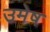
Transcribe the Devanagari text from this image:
उमेष